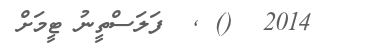
2014  ()